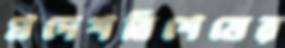
প্রদেশবিশেষের